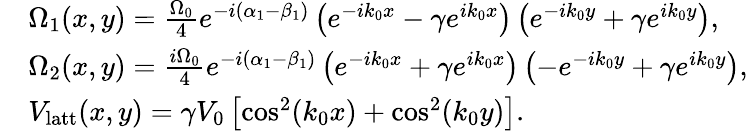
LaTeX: \begin{array}{rl}&{\Omega_{1}(x,y)=\frac{\Omega_{0}}{4}e^{-i(\alpha_{1}-\beta_{1})}\left(e^{-ik_{0}x}-\gamma e^{ik_{0}x}\right)\left(e^{-ik_{0}y}+\gamma e^{ik_{0}y}\right),}\\ &{\Omega_{2}(x,y)=\frac{i\Omega_{0}}{4}e^{-i(\alpha_{1}-\beta_{1})}\left(e^{-ik_{0}x}+\gamma e^{ik_{0}x}\right)\left(-e^{-ik_{0}y}+\gamma e^{ik_{0}y}\right),}\\ &{V_{\mathrm{{latt}}}(x,y)=\gamma V_{0}\left[\cos^{2}(k_{0}x)+\cos^{2}(k_{0}y)\right].}\end{array}